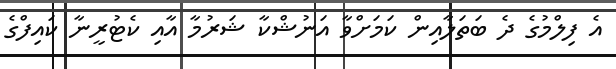
އެ ފިލްމުގެ ދެ ބަތަލާއިން ކަމަށްވާ އަނުޝްކާ ޝަރުމާ އާއި ކެޓުރީނާ ކައިފްގެ